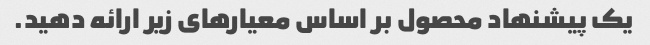
یک پیشنهاد محصول بر اساس معیارهای زیر ارائه دهید.